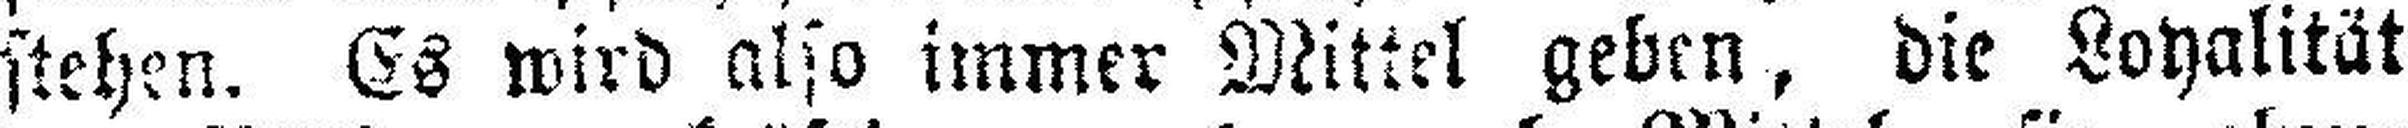
stehen. Es wird also immer Mittel geben, die Loyalität